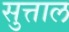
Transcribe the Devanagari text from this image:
सुत्ताल